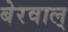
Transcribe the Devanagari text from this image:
बेरवाल्